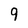
Character: 9